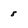
Character: 8